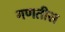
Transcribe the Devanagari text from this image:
गणतीस